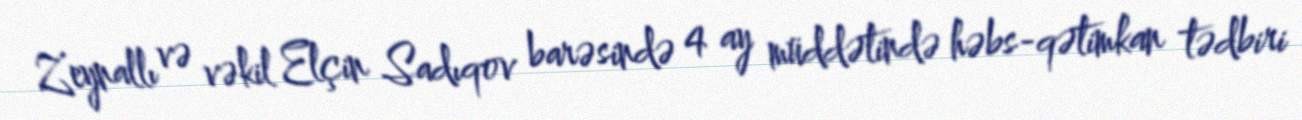
Zeynallı və vəkil Elçin Sadıqov barəsində 4 ay müddətində həbs-qətimkan tədbiri